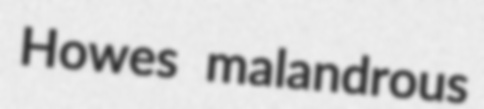
Howes malandrous